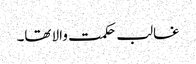
غالب حکمت والا تھا۔